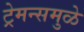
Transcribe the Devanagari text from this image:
ट्रेमन्समुळे